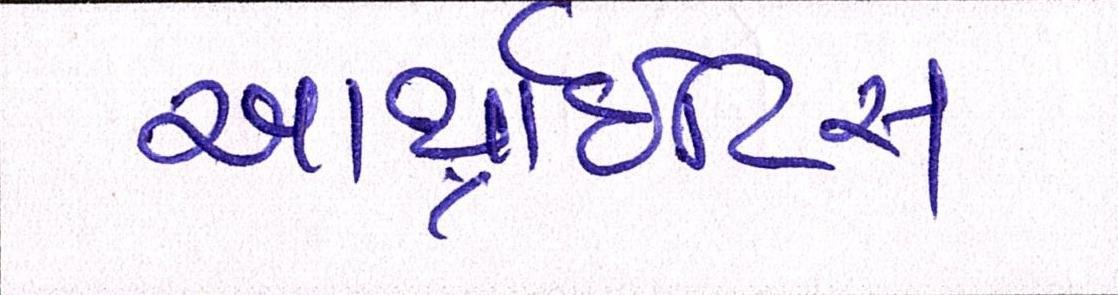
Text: આર્થ્રાઈટિસ